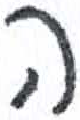
אות: ה